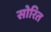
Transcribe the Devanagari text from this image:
सोरित